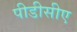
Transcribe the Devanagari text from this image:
पीडीसीए